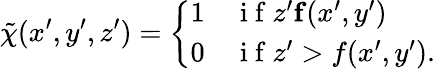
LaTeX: \tilde{\chi}(x^{\prime},y^{\prime},z^{\prime})=\left\{ \begin{array}{ll}{1}&{\mathrm{~i~f~}z^{\prime}\le f(x^{\prime},y^{\prime})}\\ {0}&{\mathrm{~i~f~}z^{\prime}>f(x^{\prime},y^{\prime}).}\end{array}\right.